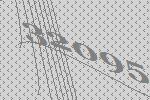
32095